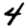
Digit: 4